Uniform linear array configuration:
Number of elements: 48
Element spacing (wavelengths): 0.5
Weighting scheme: exponential
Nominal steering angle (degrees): -45
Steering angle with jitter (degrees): -44.053
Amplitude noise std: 0.05
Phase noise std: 0.05

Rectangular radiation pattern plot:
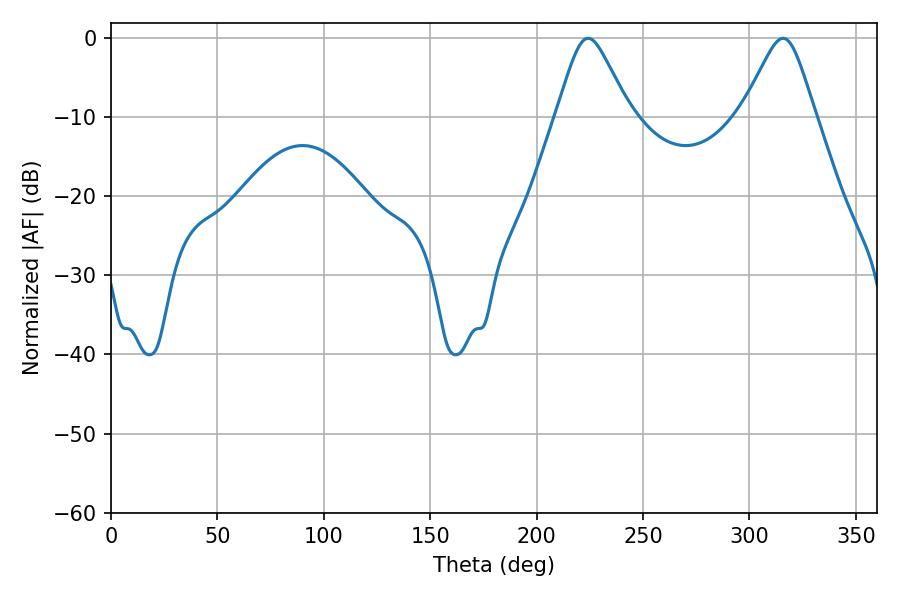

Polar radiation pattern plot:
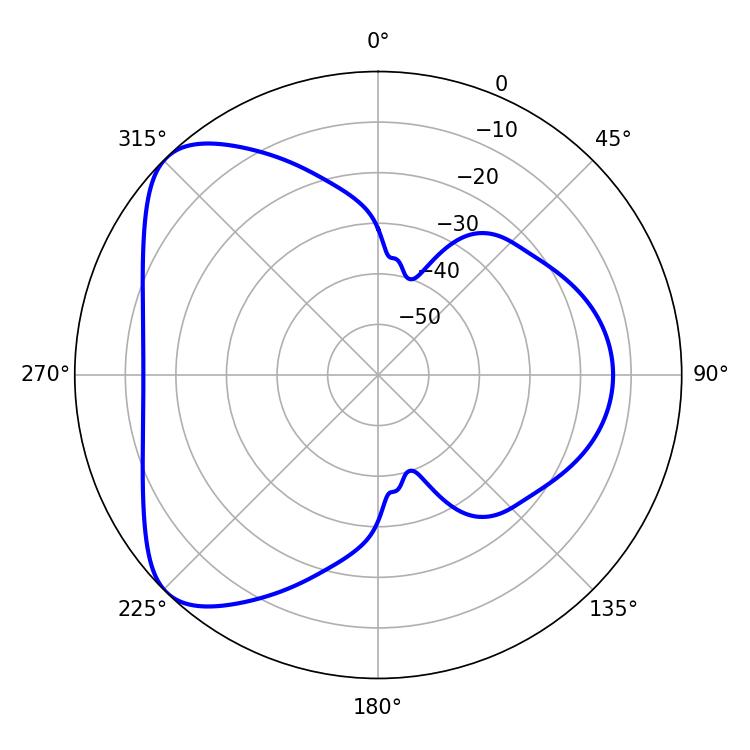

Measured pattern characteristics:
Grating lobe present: FALSE
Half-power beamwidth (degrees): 16.38
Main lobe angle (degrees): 224.1